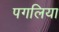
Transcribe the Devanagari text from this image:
पगलिया